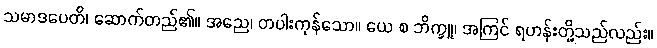
သမာဒပေတိ၊ ဆောက်တည်၏။ အညေ၊ တပါးကုန်သော။ ယေ စ ဘိက္ခူ၊ အကြင် ရဟန်းတို့သည်လည်း။